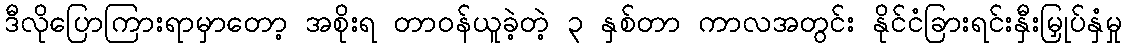
ဒီလိုပြောကြားရာမှာတော့ အစိုးရ တာဝန်ယူခဲ့တဲ့ ၃ နှစ်တာ ကာလအတွင်း နိုင်ငံခြားရင်းနှီးမြှုပ်နှံမှု